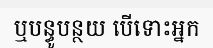
ឬបន្ធូបន្ថយ បើទោះអ្នក